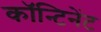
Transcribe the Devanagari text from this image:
कॉन्टिनेंट